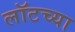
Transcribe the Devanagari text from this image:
लॉटच्या